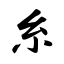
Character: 糸